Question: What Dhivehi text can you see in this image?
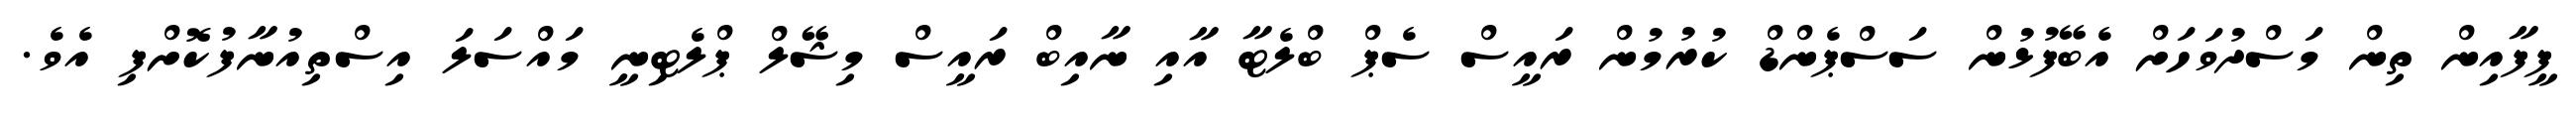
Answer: ފީފާއިން ތިން މަސްދުވަހަށް އެބޭފުޅުން ސަސްޕެންޑް ކުރުމުން ރައީސް ސެޕް ބްލެޓާ އާއި ނާއިބް ރައީސް މިޝޭލް ޕްލެޓިނީ މައްސަލަ އިސްތިއުނާފުކޮށްފި އެވެ.